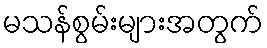
မသန်စွမ်းများအတွက်